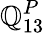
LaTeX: \mathbb{Q}_{13}^{P}